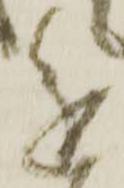
進